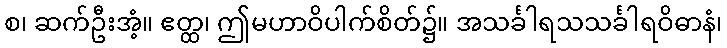
စ၊ ဆက်ဦးအံ့။ ဧတ္ထ၊ ဤမဟာဝိပါက်စိတ်၌။ အသင်္ခါရသသင်္ခါရဝိဓာနံ၊